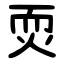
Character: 䎡